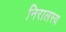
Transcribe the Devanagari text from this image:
निरालस्य